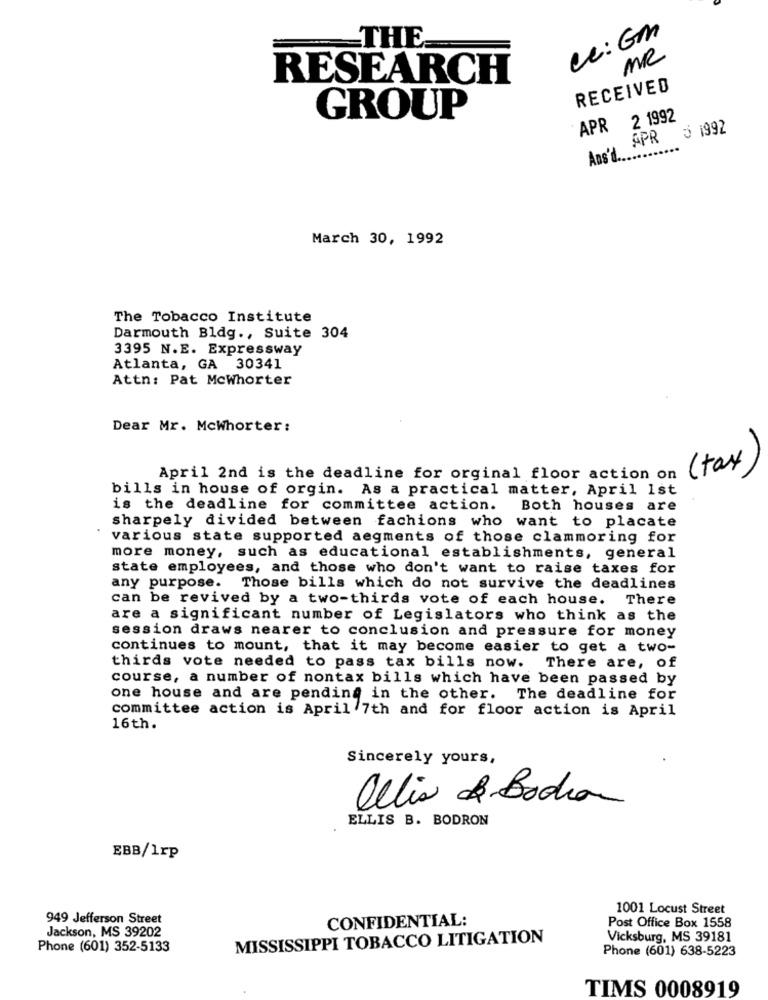
ue:GM
THE
MR
RESEARCH
RECEIVED
GROUP
APR 2 1992
5 1992
APR
Ans'L.
March 30, 1992
The Tobacco Institute
Darmouth Bldg ., Suite 304
3395 N.E. Expressway
Atlanta, GA 30341
Attn: Pat Mcwhorter
Dear Mr. Mcwhorter:
( tax)
April 2nd is the deadline for orginal floor action on
bills in house of orgin. As a practical matter, April 1st
is the deadline for committee action.
Both houses are
sharpely divided between fachions who want to placate
various state supported aegments of those clammoring for
more money, such as educational establishments, general
state employees, and those who don't want to raise taxes for
any purpose. Those bills which do not survive the deadlines
can be revived by a two-thirds vote of each house. There
are a significant number of Legislators who think as the
session draws nearer to conclusion and pressure for money
continues to mount, that it may become easier to get a two-
thirds vote needed to pass tax bills now. There are, of
course, a number of nontax bills which have been passed by
one house and are pending in the other. The deadline for
committee action is April 7th and for floor action is April
16th.
Sincerely yours,
allis de Bodio
ELLIS B. BODRON
EBB/1rp
1001 Locust Street
949 Jefferson Street
CONFIDENTIAL:
Jackson, MS 39202
Post Office Box 1558
MISSISSIPPI TOBACCO LITIGATION
Vicksburg, MS 39181
Phone (601) 352-5133
Phone (601) 638-5223
TIMS 0008919